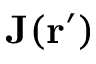
\mathbf { J } ( \mathbf { r } ^ { \prime } )